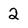
Character: 2